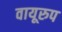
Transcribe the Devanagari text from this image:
वायूरुप